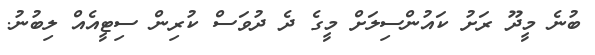
ބުނެ މީދޫ ރަށު ކައުންސިލަށް މީގެ ދެ ދުވަސް ކުރިން ސިޓީއެއް ލިބުނު.